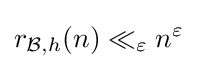
r_{{\mathcal {B}},h}(n)\ll _{\varepsilon }n^{\varepsilon }